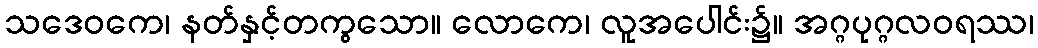
သဒေဝကေ၊ နတ်နှင့်တကွသော။ လောကေ၊ လူအပေါင်း၌။ အဂ္ဂပုဂ္ဂလဝရဿ၊